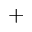
^ +